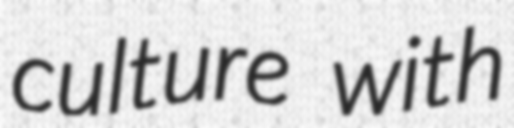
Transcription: culture with